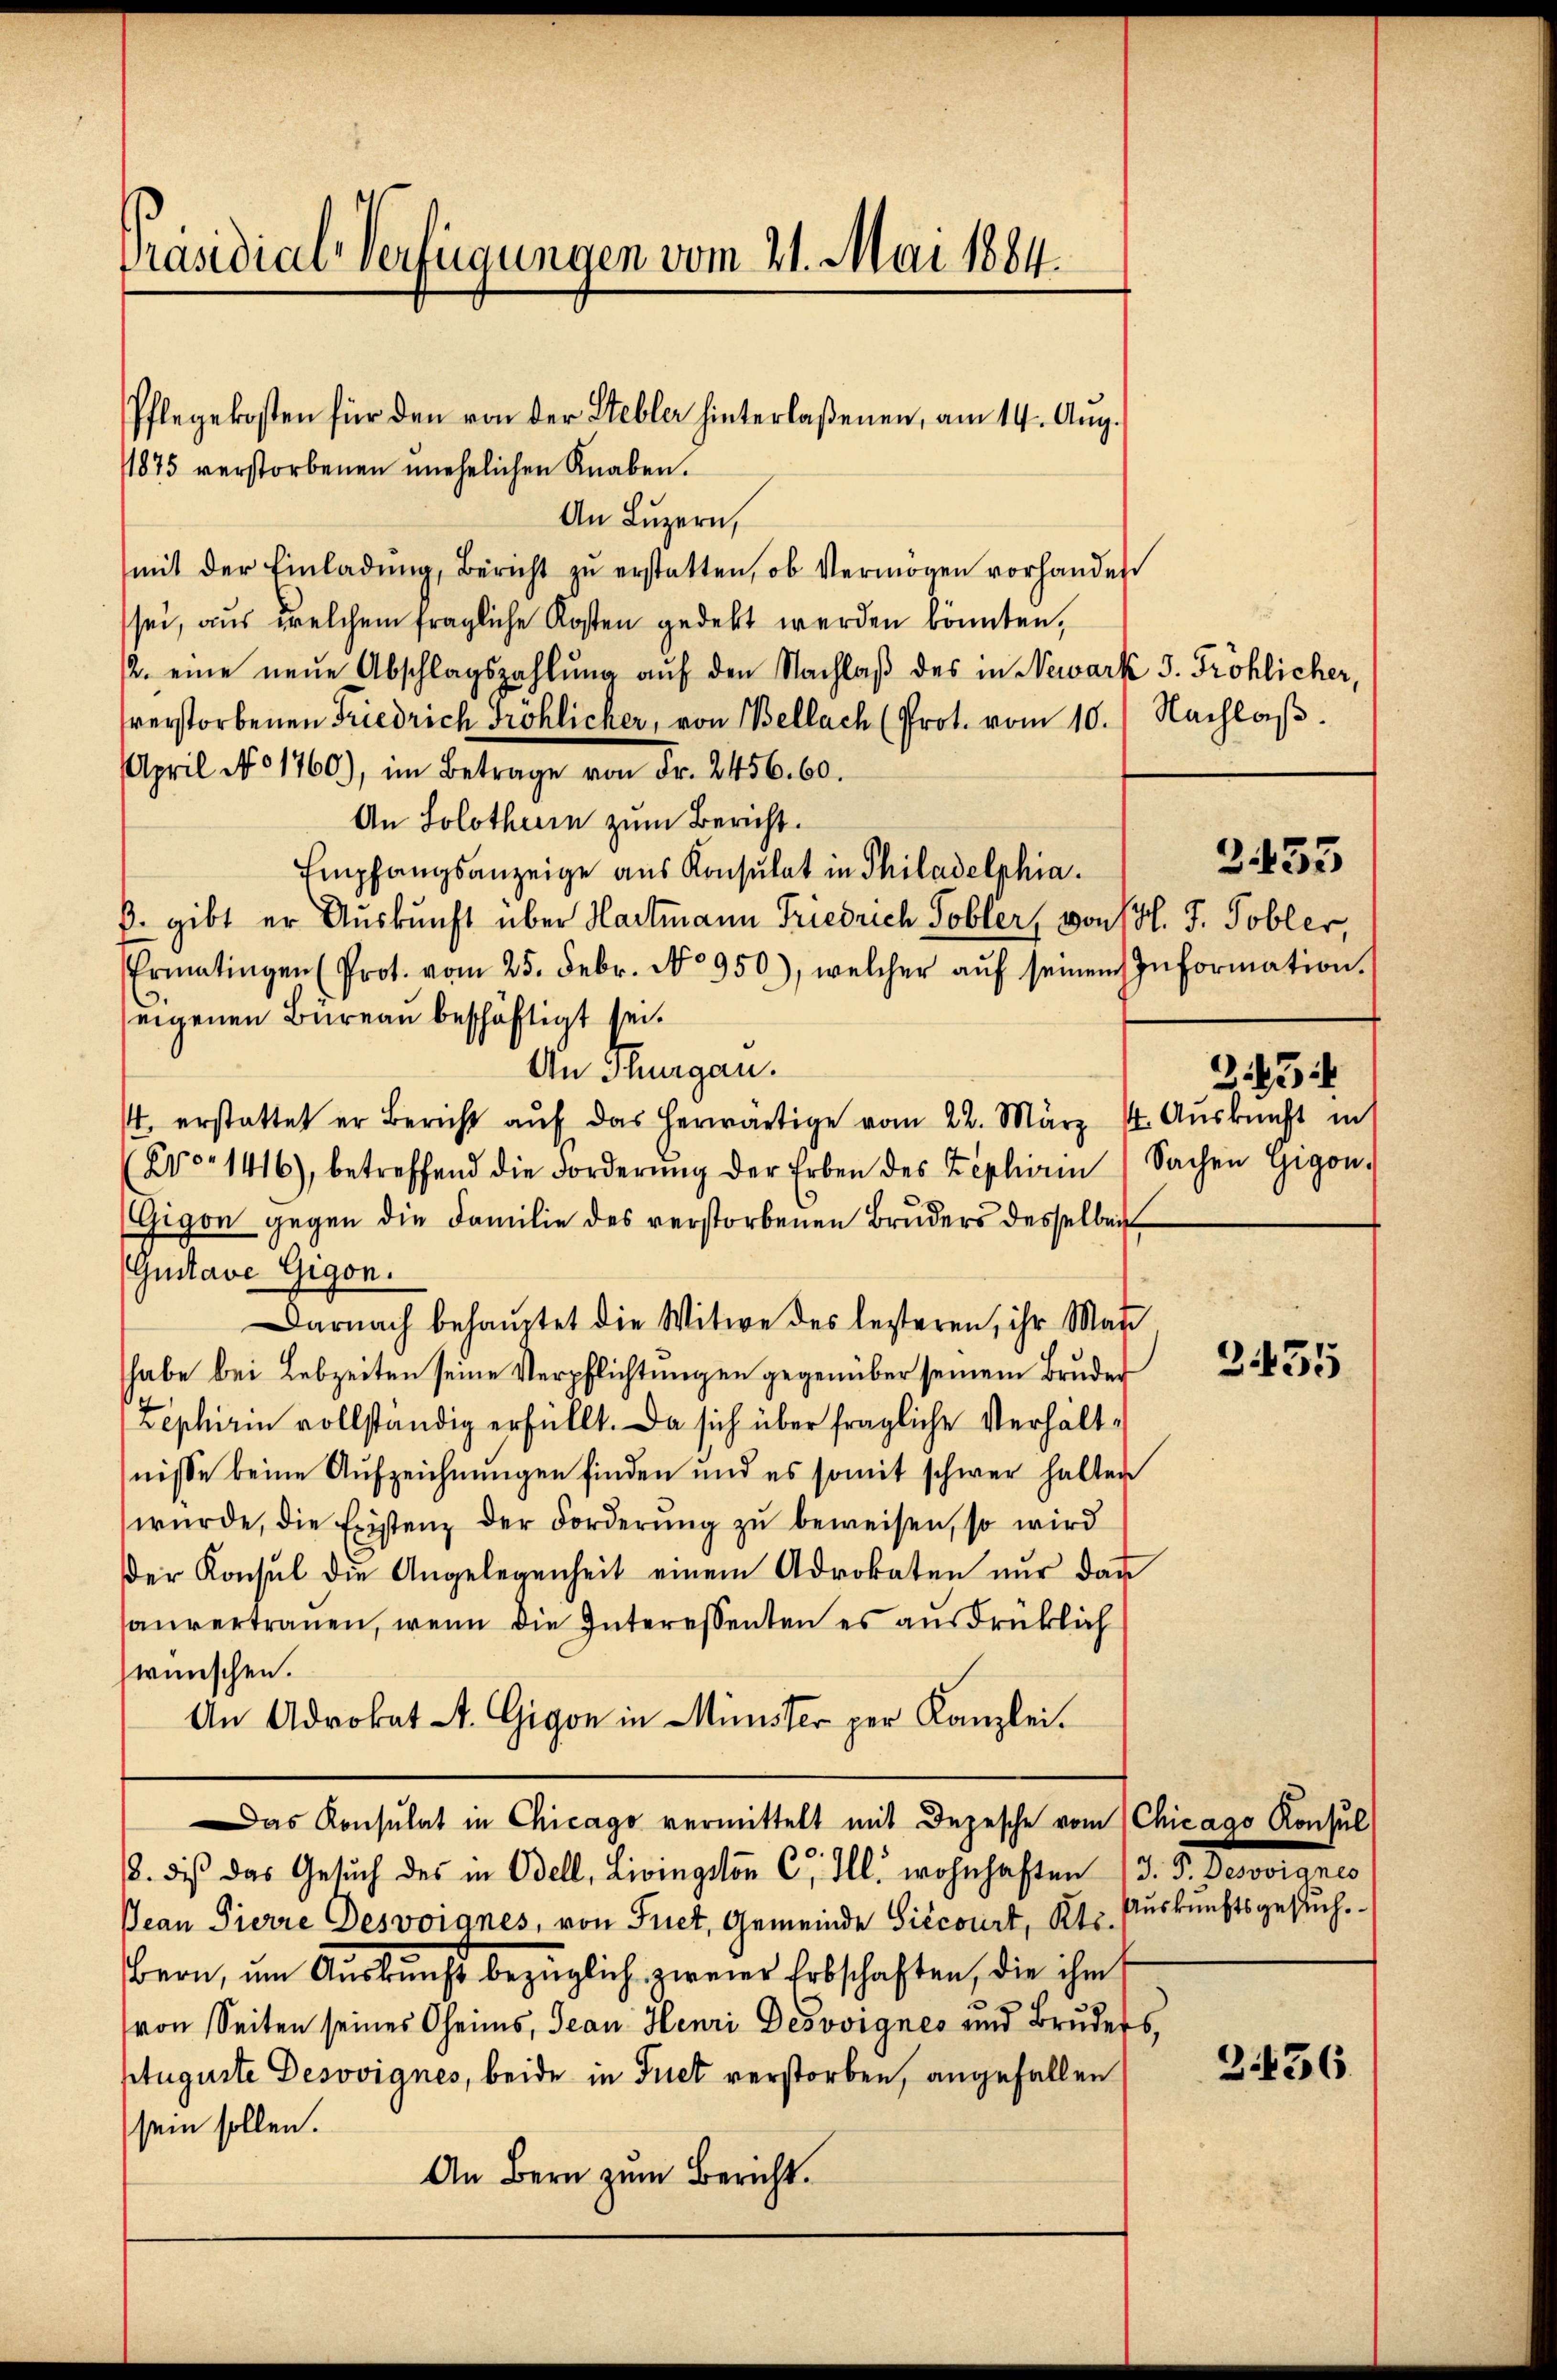
Präsidial-Verfügungen vom 21. Mai 1884.

/1875 verstorbenen unehelichen Knaben.
An Luzern,
mit der Einladŭng, Bericht zŭ erstatten, ob Vermögen vorhander
sei, aus welchem fragliche Kosten gedekt werden könnten,
2. eine neŭe Abschlagszahlŭng aŭf den Nachlaβ des in Newark 5. Fröhlicher,
verstorbenen Friedrich Fröhlicher, von Bellach (Prot. vom 10.
April No 1760), im Betrage von Fr. 2456. 60.
An Solothur zum Bericht.
Empfangsanzeige aus Konsulat in Philadelphia.
ß. gibt er Auskunft über Hartmann Friedrich Tobler, von 1 l. J. Tobler,
Ermatingen (Prot. vom 25. Febr. No 950), welcher aŭf seinem Information
eigenen Büreau beschäftigt sei.
An Thurgau.
. erstattet er Bericht aŭf das herwärtige vom 22. März 4. Aŭskŭnft in
Pro. 1416), betreffend die Forderung der Erben des Zeplici
Gigon gegen die Familie des verstorbenen Bruders desselben
Gustave Gigon.
Darnach behauptet die Witwe des lezteren, ihr Man
habe bei Lebzeiten seine Verpflichtungen gegenüber seinem Bruder
Zephirin vollständig erfüllt. Da sich über fragliche Verhältnisse keine Aufzeichnungen finden und es somit schwer halter
wŭrde, die Existenz der Forderŭng zŭ beweisen, so wird
der Konsul die Angelegenheit einem Advokaten nŭr dar
auvertrauen, wenn die Interessenten es ausdrücklich
wünschen.
An Advokat St. Gigon in Minister per Kanzlei.
Das Konsulat in Chicago vermittelt mit Depesche vom
8. dis das Gesŭch des in Odell, Livingston C. Ill. wohnhaften
Dean Pierre Desvoignes, von Friet, Gemeinde Siccourt, Re¬
Bern, um Auskunft bezüglich zweier Erbschaften, die ihm
von Seiten seines Oheims, Jean Henri Desvvignes und Bruder
ptugurte Desovignes, beide in Friet verstorben, angefallen
sein sollen.
An Bern zum Bericht.

Pflegekosten für den von der Stebler hinterlaßenen, am 14. Aŭg.

Nachlaß.

3
Sachen Gigon.

.

2435

3435

Chicago Konsul
J. P. Deswoignes
Auskunftsgesuch.

3.436